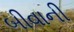
બીવાની